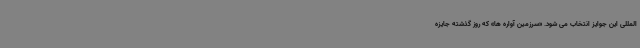
المللی این جوایز انتخاب می شود. «سرزمین آواره ها» که روز گذشته جایزه